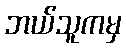
ဘယ်သူကမှ